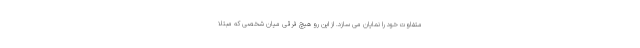
متفاوت خود را نمایان می سازد. از این رو هیچ فرقی میان شخصی که مبتلا